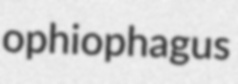
ophiophagus